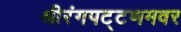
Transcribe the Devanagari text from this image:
श्रीरंगपट्टणमवर